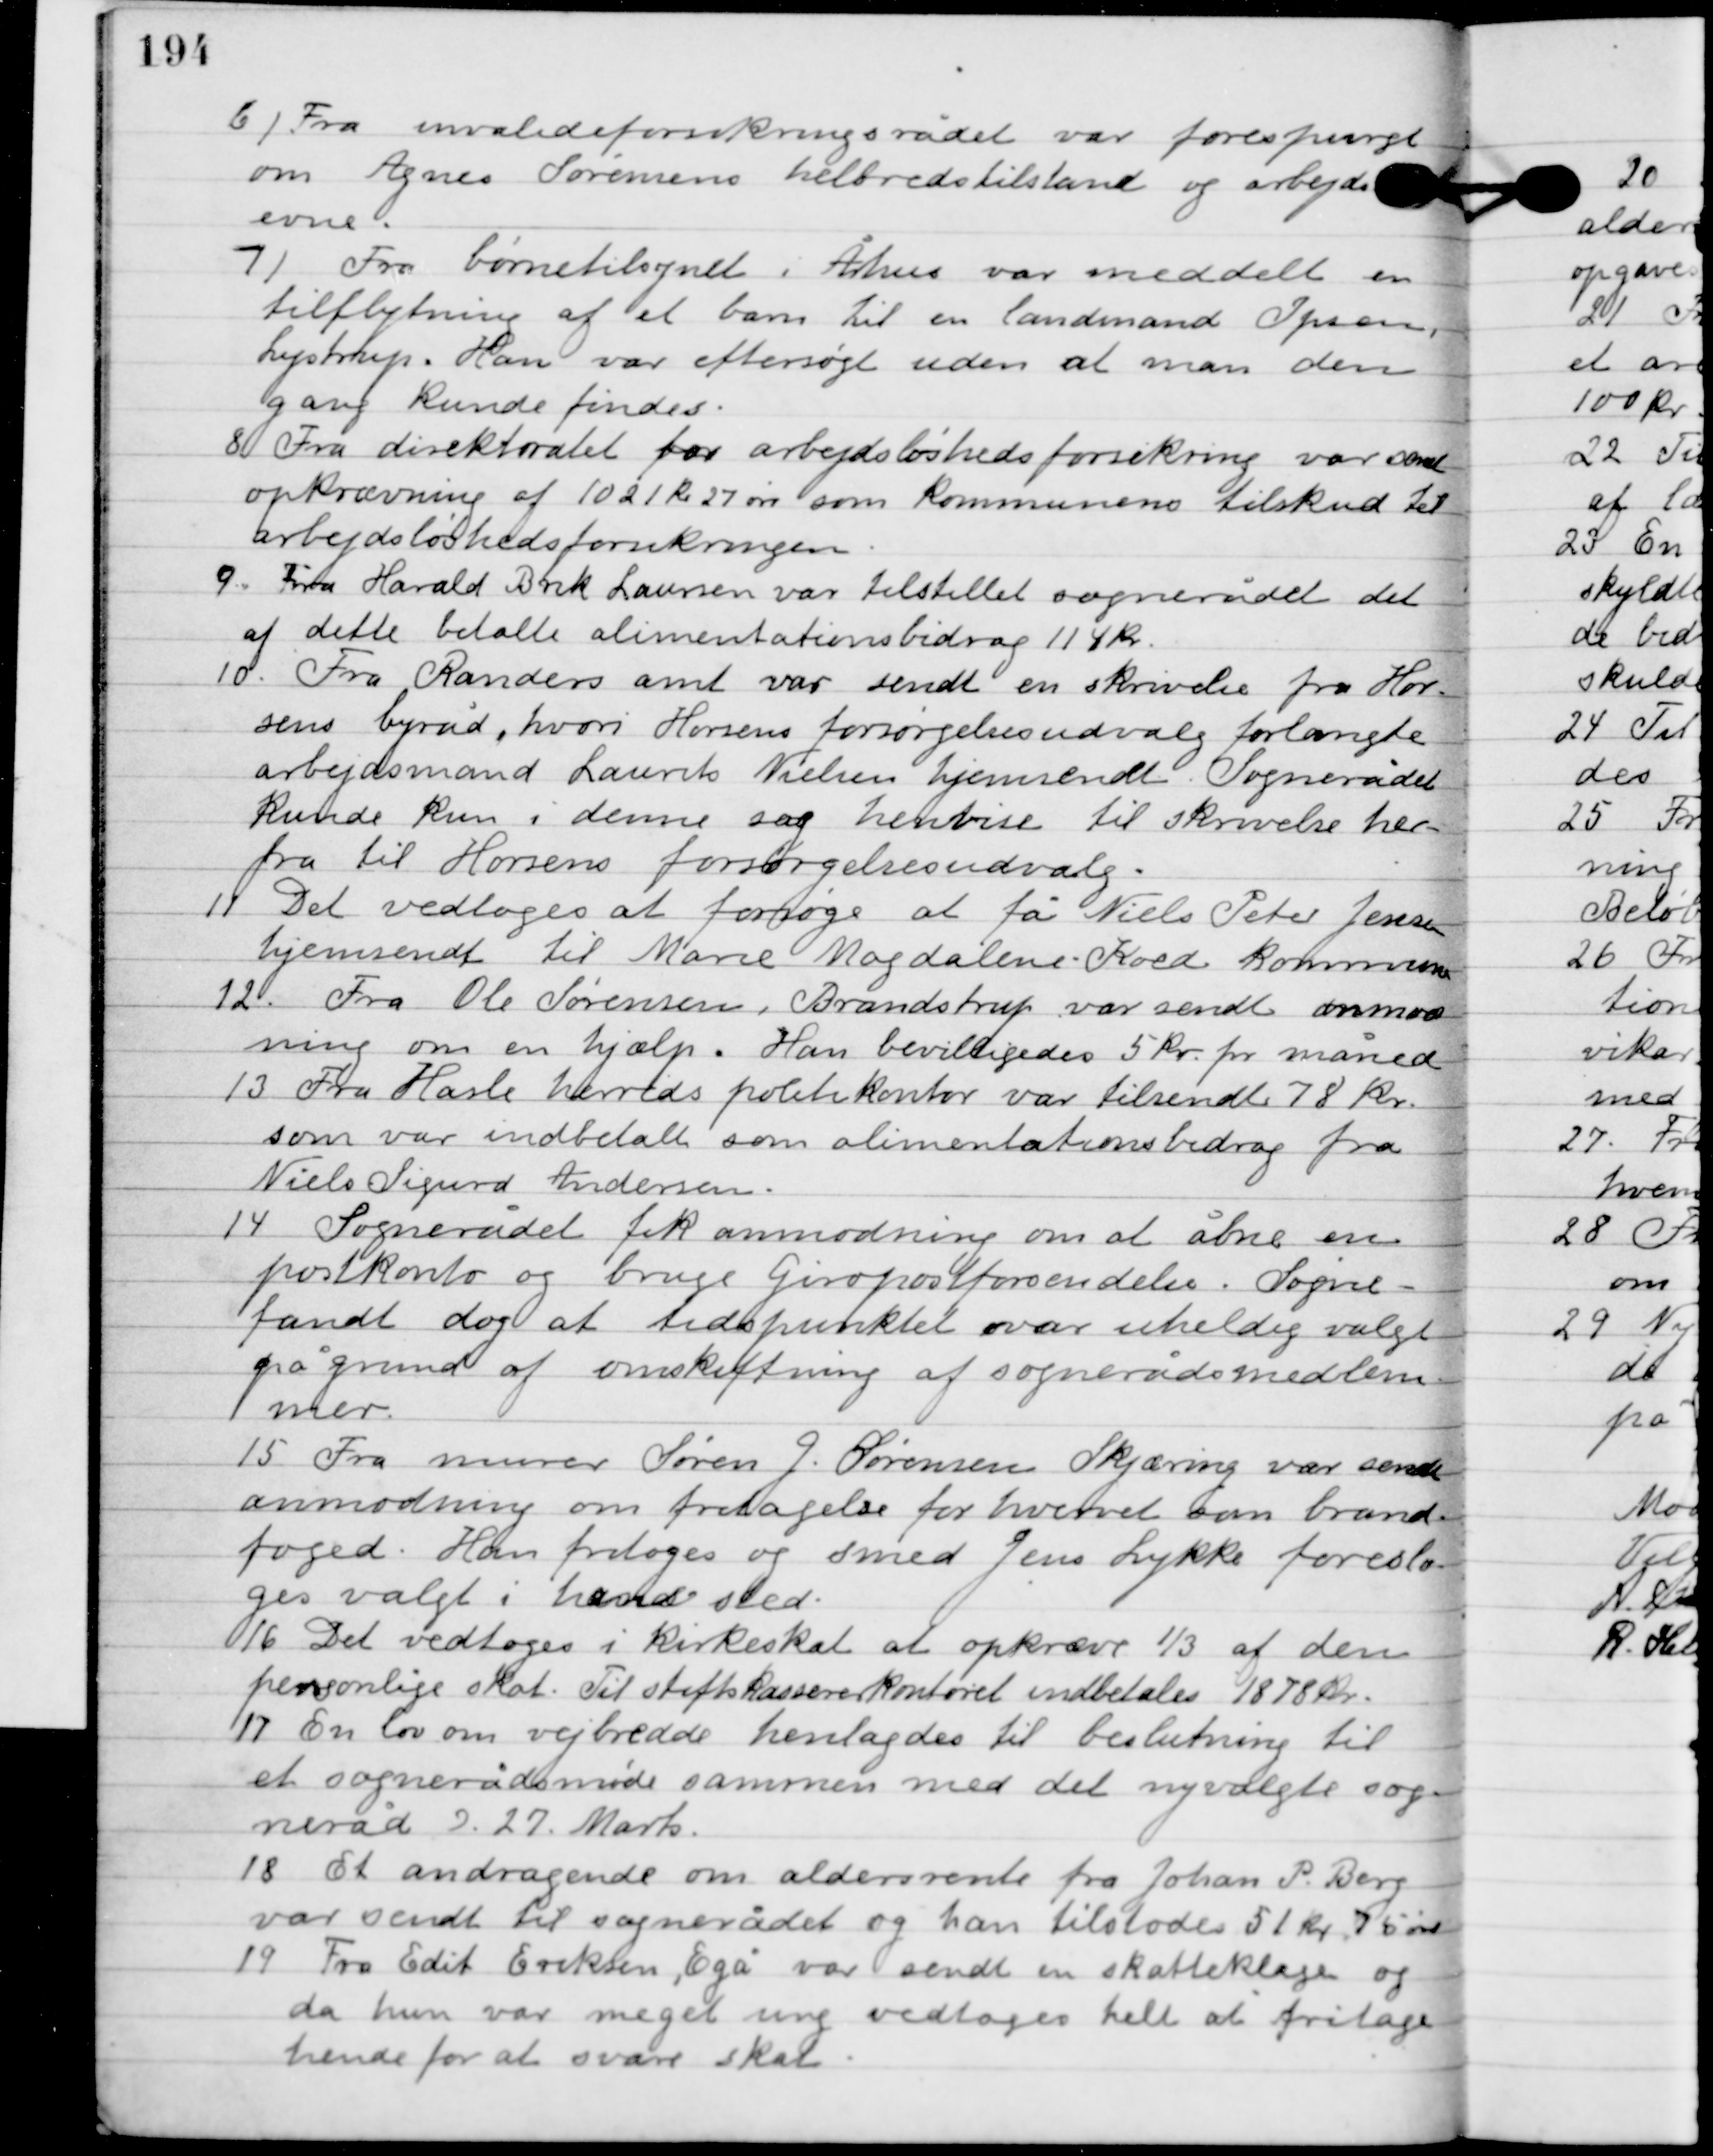
Transskription:
6

Fra invalideforsikringsrådet var forespurgt
om Agnes Sørensens helbredstilstand og arbejds-
evne.

7

Fra børnetilsynet i Århus var meddelt en
tilflytning af et barn til en landmand Ipsen,
Lystrup. Han var eftersøgt uden at man den
gang kunde findes.

8

Fra direktoratet for arbejdsløshedsforsikring var sendt
opkrævning af 1021 kr. 27 øre som kommunens tilskud til
arbejdsløshedsforsikringen.

9

Fra Harald Birk Laursen var tilstillet sognerådet det
af dette betalte alimentationsbidrag 114 kr.

10

Fra Randers amt var sendt en skrivelse fra Hor-
sens byråd, hvori Horsens forsørgelsesudvalg forlangte
arbejdsmand Laurits Nielsen hjemsendt. Sognerådet
kunde kun i denne sag henvise til skrivelse her-
fra til Horsens forsørgelsesudvalg.

11

Det vedtoges at forsøge at få Niels Peter Jensen
hjemsendt til Marie Magdalenes Koed kommune.

12

Fra Ole Sørensen, Brandstrup var sendt anmod-
ning om en hjælp. Han bevilligedes 5 kr. pr. måned.

13

Fra Hasle herreds politikontor var tilsendt 78 kr.
som var indbetal som alimentationsbidrag fra
Niels Sigurd Andersen.

14

Sognerådet fik anmodning om at åbne en
postkonto og bruge giropostforsendelser. Sogne-
rådet fandt dog at tidspunktet var uheldig valgt
 på grund af omskiftning af sognerådsmedlem-
mer.

15

Fra murer Søren J. Sørensen Skjæring var sendt
anmodning om fritagelse for hvervet som brand-
foged. Han fritoges og smed Jens Lykke foreslo-
ges valgt i hans sted.

16

Det vedtoges i kirkeskat at opkræve 1/3 af den
personlige skat, til stiftskassens kontoret indbetales 1878 kr.

17

En lov om vejbredde henlagdes til beslutning til
et sognerådsmøde sammen med der nyvalgte sog-
neråd D. 27 Marts.

18

Et andragende om aldersrente fra Johan P. Berg
var sendt til sognerådet og han tilstodes 51 kr. 75 øre.

19

fra Edit Eriksen, Egå var sendt en skatteklage og
da hun var meget ung vedtoges helt at fritage
hende for at svare skat.